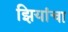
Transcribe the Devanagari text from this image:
झियांचा